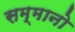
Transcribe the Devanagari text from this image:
सम्मानो